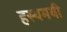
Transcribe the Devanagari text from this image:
हस्यमयी